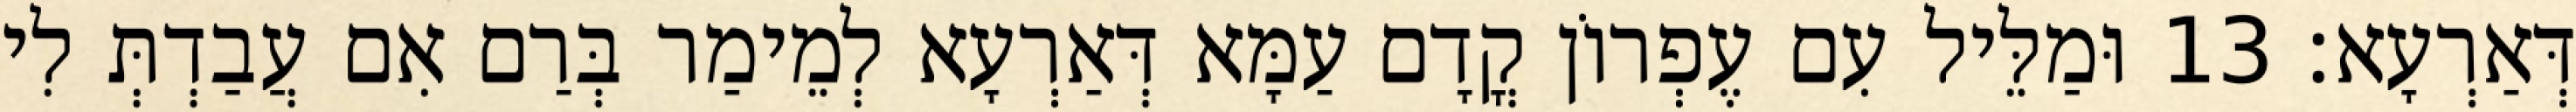
דְּאַרְעָא׃ 13 וּמַלֵּיל עִם עֶפְרוֹן קֳדָם עַמָּא דְּאַרְעָא לְמֵימַר בְּרַם אִם עֲבַדְתְּ לִי